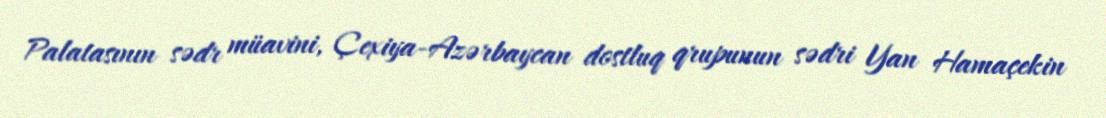
Palatasının sədr müavini, Çexiya-Azərbaycan dostluq qrupunun sədri Yan Hamaçekin